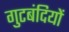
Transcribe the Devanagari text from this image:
गुटबंदियों